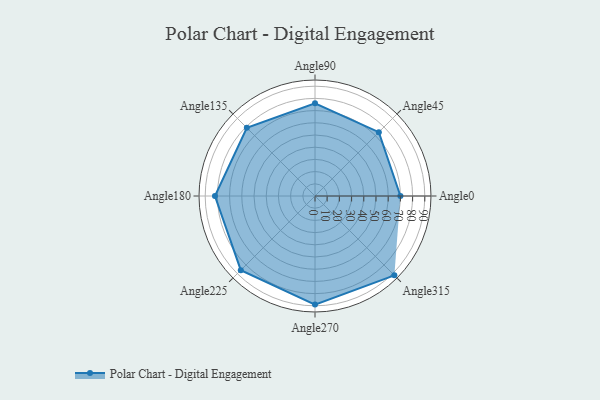
{"axis": {"x": "Angle", "y": "Radius"}, "legend": [""], "data": [{"x": "Angle0", "y": 70.0, "type": ""}, {"x": "Angle45", "y": 74.0, "type": ""}, {"x": "Angle90", "y": 76.0, "type": ""}, {"x": "Angle135", "y": 79.0, "type": ""}, {"x": "Angle180", "y": 82.0, "type": ""}, {"x": "Angle225", "y": 86.0, "type": ""}, {"x": "Angle270", "y": 89.0, "type": ""}, {"x": "Angle315", "y": 92.0, "type": ""}]}